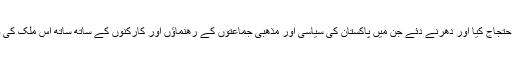
اس دلخراش سانحہ کے بعد پورے پاکستان میں شیعہ مسلمانوں نے احتجاج کیا اور دھرنے دئے جن میں پاکستان کی سیاسی اور مذھبی جماعتوں کے رھنماؤں اور کارکنوں کے ساتھ ساتھ اس ملک کی وکلاءبرادری، سول سوسائٹی حتی غیر مسلموں نے بھی شرکت کی۔